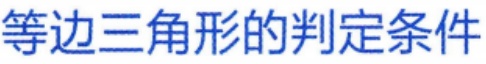
等边三角形的判定条件